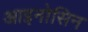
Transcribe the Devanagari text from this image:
आइनोसिन